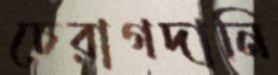
চেরাগদানি